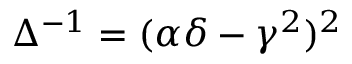
\Delta ^ { - 1 } = ( \alpha \delta - \gamma ^ { 2 } ) ^ { 2 }